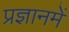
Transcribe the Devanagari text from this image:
प्रज्ञानमें